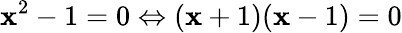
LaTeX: \mathbf{x}^{2}-1=0\Leftrightarrow(\mathbf{x}+1)(\mathbf{x}-1)=0